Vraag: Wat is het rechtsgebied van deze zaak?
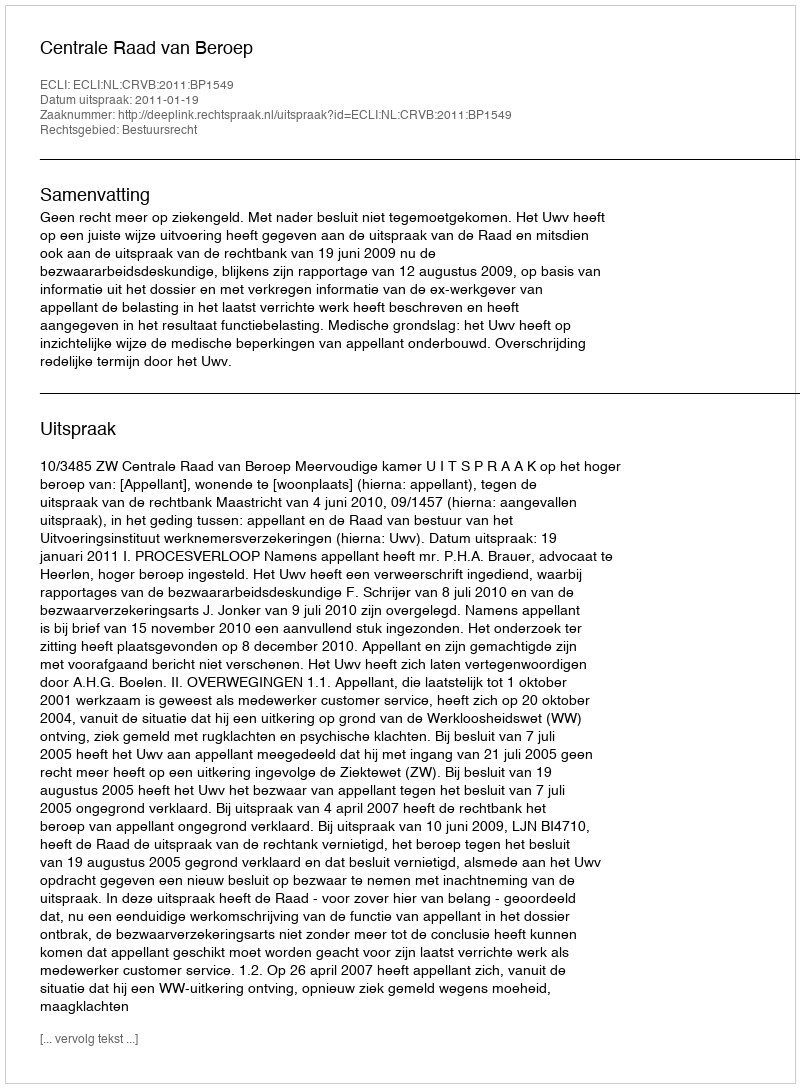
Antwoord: Bestuursrecht